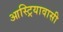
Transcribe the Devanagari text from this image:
आस्ट्रियावासी